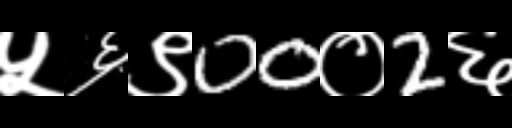
Text: ५६९00०2६